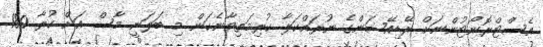
އެސްޓްރޮނޯޓުންނަށް ރޭޑިއޭޝަންގެ ނުރައްކަލާ ކުރިމަތިވާނެކަން މި ބަލަނީ މާސް އަށް ކުރާ 180